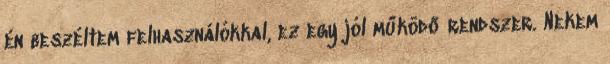
én beszéltem felhasználókkal, ez egy jól működő rendszer. Nekem